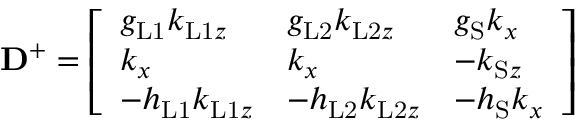
\mathbf { D } ^ { + } = \left[ \begin{array} { l l l } { g _ { \mathrm { L 1 } } k _ { \mathrm { L 1 } z } } & { g _ { \mathrm { L 2 } } k _ { \mathrm { L 2 } z } } & { g _ { \mathrm { S } } k _ { x } } \\ { k _ { x } } & { k _ { x } } & { - k _ { \mathrm { S } z } } \\ { - h _ { \mathrm { L 1 } } k _ { \mathrm { L 1 } z } } & { - h _ { \mathrm { L 2 } } k _ { \mathrm { L 2 } z } } & { - h _ { \mathrm { S } } k _ { x } } \end{array} \right]